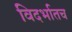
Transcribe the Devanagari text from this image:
विदर्भातच